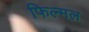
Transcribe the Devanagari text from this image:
फिल्मल